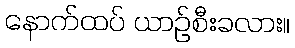
နောက်ထပ် ယာဉ်စီးခလား။